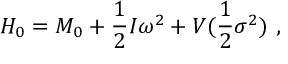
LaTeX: H _ { 0 } = M _ { 0 } + \frac 1 2 I \omega ^ { 2 } + V ( \frac 1 2 \sigma ^ { 2 } ) \ ,